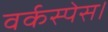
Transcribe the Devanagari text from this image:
वर्कस्पेस।